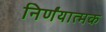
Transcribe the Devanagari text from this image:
निर्णंयात्मक